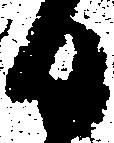
日